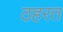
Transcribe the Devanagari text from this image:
ठहरत